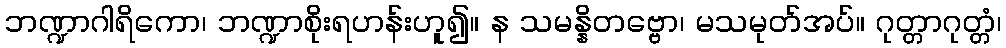
ဘဏ္ဍာဂါရိကော၊ ဘဏ္ဍာစိုးရဟန်းဟူ၍။ န သမန္နိတဗ္ဗော၊ မသမုတ်အပ်။ ဂုတ္တာဂုတ္တံ၊